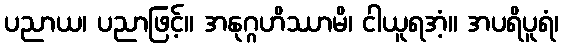
ပညာယ၊ ပညာဖြင့်။ အနုဂ္ဂဟိဿာမိ၊ ငါယူရအံ့။ အပရိပူရံ၊